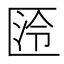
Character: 𭅛